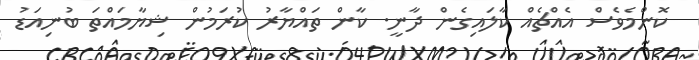
ކޮންމެވެސް އެއްޗެއް ކާލައިގެން ދާނީ. ކާން ތައްޔާރު ކުރަމުން ޝިޔާމައްތަ ބުނިއަޑު